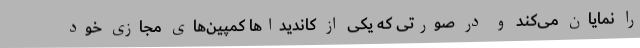
را نمایان می‌کند و در صورتی که یکی از کاندیداها کمپین‌های مجازی خود